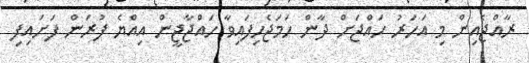
ރާއްޖެއިން މި އަހަރު ހައްޖަށް ދާން ހަމަޖެހިފައިވާ ހައްޖާޖީން އިއްޔެ ފުރަން ފަށައިފި